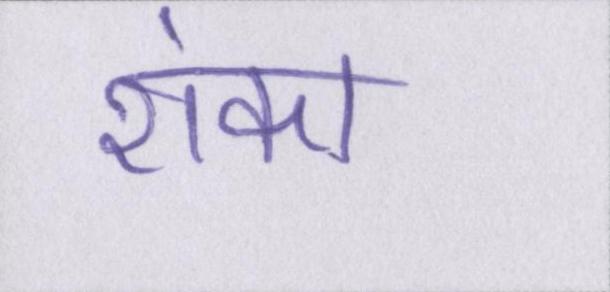
शंका